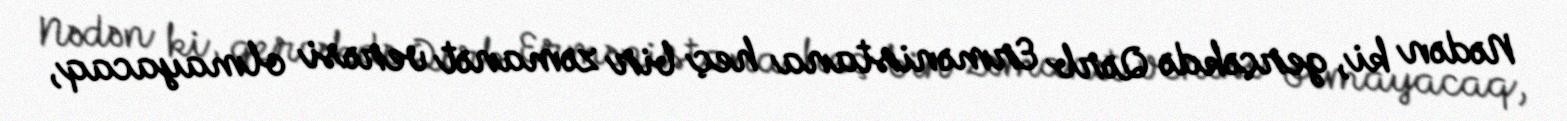
Nədən ki, gerçəkdə Qərb Ermənistana heç bir zəmanət verəsi olmayacaq,